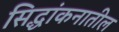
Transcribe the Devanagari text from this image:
सिद्धांकनातील